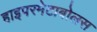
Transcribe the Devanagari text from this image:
हाइपरमेटाबोलस